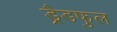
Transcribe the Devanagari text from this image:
ड्रैडफुल